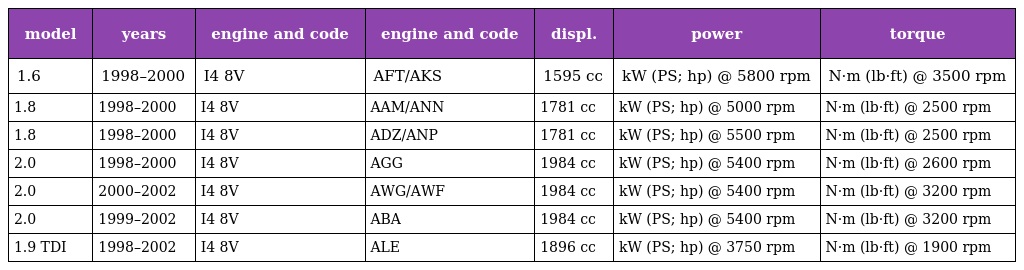
| model | years | engine and code | engine and code | displ. | power | torque |
 | --- | --- | --- | --- | --- | --- | --- |
 | 1.6 | 1998–2000 | I4 8V | AFT/AKS | 1595 cc | kW (PS; hp) @ 5800 rpm | N·m (lb·ft) @ 3500 rpm |
 | 1.8 | 1998–2000 | I4 8V | AAM/ANN | 1781 cc | kW (PS; hp) @ 5000 rpm | N·m (lb·ft) @ 2500 rpm |
 | 1.8 | 1998–2000 | I4 8V | ADZ/ANP | 1781 cc | kW (PS; hp) @ 5500 rpm | N·m (lb·ft) @ 2500 rpm |
 | 2.0 | 1998–2000 | I4 8V | AGG | 1984 cc | kW (PS; hp) @ 5400 rpm | N·m (lb·ft) @ 2600 rpm |
 | 2.0 | 2000–2002 | I4 8V | AWG/AWF | 1984 cc | kW (PS; hp) @ 5400 rpm | N·m (lb·ft) @ 3200 rpm |
 | 2.0 | 1999–2002 | I4 8V | ABA | 1984 cc | kW (PS; hp) @ 5400 rpm | N·m (lb·ft) @ 3200 rpm |
 | 1.9 TDI | 1998–2002 | I4 8V | ALE | 1896 cc | kW (PS; hp) @ 3750 rpm | N·m (lb·ft) @ 1900 rpm |